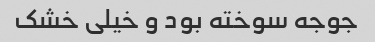
جوجه سوخته بود و خیلی خشک